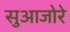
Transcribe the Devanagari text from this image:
सुआजोरे